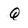
Character: Q